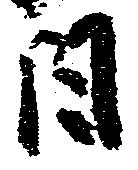
日